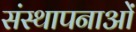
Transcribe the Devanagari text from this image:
संस्‍थापनाओं